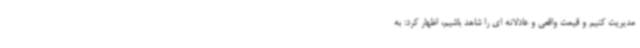
مدیریت کنیم و قیمت واقعی و عادلانه ای را شاهد باشیم، اظهار کرد: به